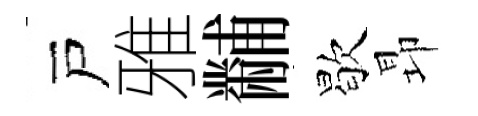
戸雅黼歇昻